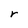
Character: r